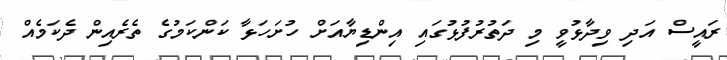
ރައީސް އަދި ވިދާޅުވީ މި ދަތުރުފުޅުގައި އިންޑިޔާއަށް ހުށަހަޅާ ކަންކަމުގެ ތެރެއިން ދެކަމެއް